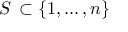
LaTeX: S \, \subset \{ 1 , \ldots , n \}